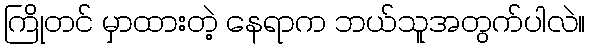
ကြိုတင် မှာထားတဲ့ နေရာက ဘယ်သူအတွက်ပါလဲ။